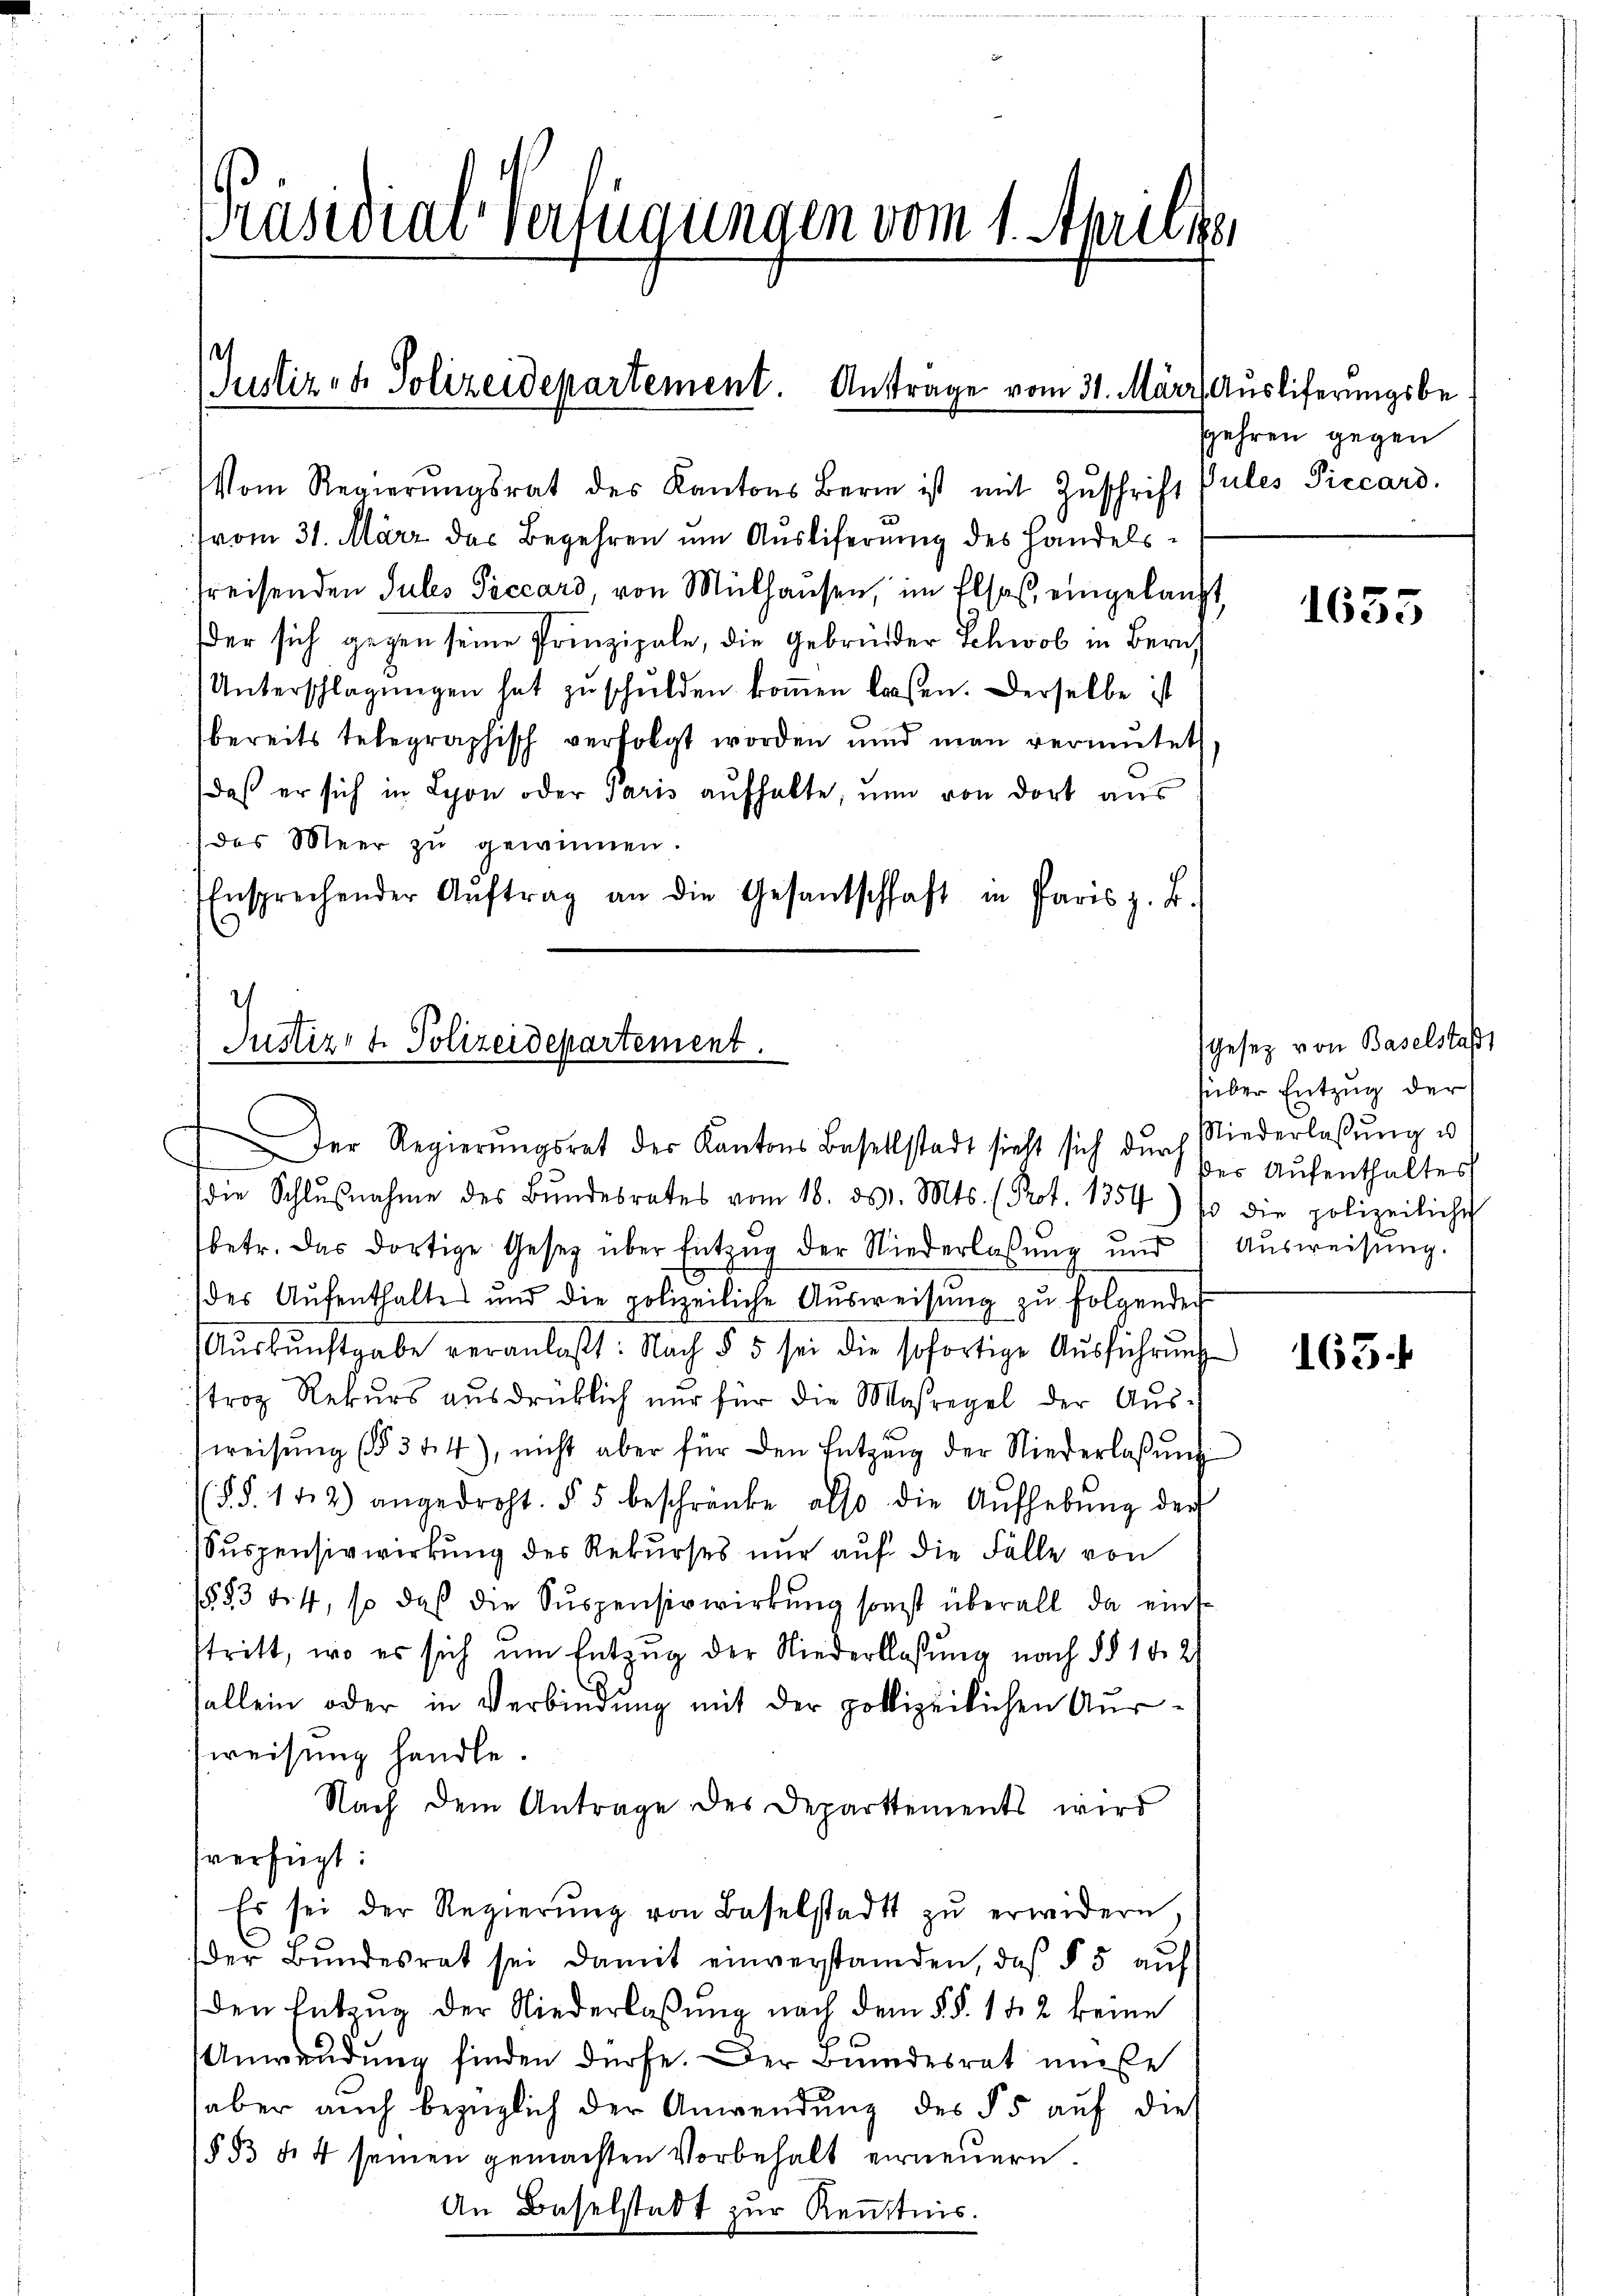
Präsidialverfügungen vom 1. Aprilie

1
Justiz- & Polizeidepartement. Anträge vom 31. März, Ausliferungsbe¬

Justiz- & Polizeidepartement.

Vom Regierŭngsrat des Kantons Bern ist mit Zŭschrift Pules Piccars.
(vom 31. März des Begehren um Ausliferung des Handelsfreisenden Jules Peccard, von Mülhausen, im Elsaß, eingelangt
der sich gegen seine Prinzipale, die Gebrüder Schwol in Zürich
Unterschlagungen hat zŭ schulden koṁen laßen. Derselbe ist
bereits telegraphisch verfolgt worden und man vermutet
daß er sich in Lyon oder Paris aufhalte, und von dort aus
des Meer zu gewinnen.
Ensprechender Aŭftrag an die Gesantschaft in Paris z. B.

Der Regierungsrat der Kantons Basellstadt sieht sich dur
die Schlŭβnahme des Bŭndesrates vom 18. ds. Mts. (Prot. 1354) so die polizeiliche
betr. das dortige Gesetz über Entzŭg der Niederlassŭng und 1 Aŭsweisŭng.
des Aŭfenthaltes und die polizeiliche Aŭsweisŭng zŭ folgender
Aŭskŭnftgabe veranlaßt: Nach § 5 sei die sofortige Aŭsführŭng
strop Rekŭrs aŭsdrücklich nur für die Maßregel der Aŭs-
weisŭng (§ 344), nicht aber für den Entzŭng der Niederlaβŭng
§§. 142) angedroht. § 5 beschränke also die Aŭfhebŭng der
Suspensivwirkung des Rekurses nur auf die Fälle von
1553 § 4, so daß die Suspensivwirkung sonst überall da einsstritt, wo es sich um Entzug der Niederlassung nach §§ 10. 2
sallein oder in Verbindung mit der polizeilichen Ausweisung handle.
Nach dem Antrage des Departements wird
sverfügt:
Es sei der Regierŭng von Baselstadt zŭ erwidern,
der Bŭndesrat sei damit einverstanden, des § 5 auf
den Entzŭg der Niederlaβŭng nach dem §. §. 152 keine
Anwendung finden dürfe. Der Bundesrat müße
aber auch bezüglich der Anwendung des § 5 auf dies
(§ 53 f. 4 seinen gemachten Vorbehalt erneŭern.
An Baselstadt zur Kenntnis.

sehren gegen

1635

sGesetz von Baselstaß
süber Entzug der
Niederlassung u.
der Aufenthaltes

163. 4